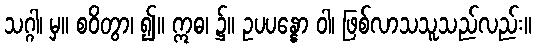
သဂ္ဂါ၊ မှ။ စဝိတွာ၊ ၍။ ဣဓ၊ ၌။ ဥပပန္နော ဝါ၊ ဖြစ်လာသသူသည်လည်း။